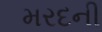
મરદની